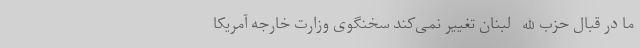
ما در قبال حزب‌الله لبنان تغییر نمی‌کند سخنگوی وزارت خارجه آمریکا